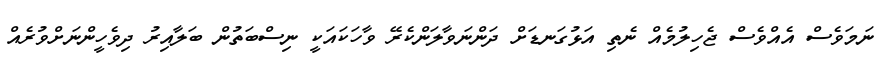
ނަމަވެސް އެއްވެސް ޖެހިލުމެއް ނެތި އަޅުގަނޑަށް ދަންނަވާލަންކެރޭ ވާހަކައަކީ ނިސްބަތުން ބަލާއިރު ދިވެހީންނަށްވުރެއް